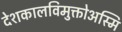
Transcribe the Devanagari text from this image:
देशकालविमुक्तोअस्मि